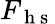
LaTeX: F_{\mathrm{~h~s~}}